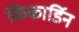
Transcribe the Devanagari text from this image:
किंकार्डिन